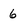
Character: 6